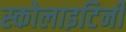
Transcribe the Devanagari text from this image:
स्कोलाइटिनी